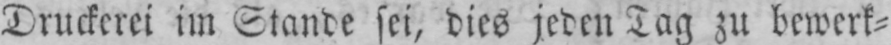
Druckerei im Stande sei, dies jeden Tag zu bewerk⸗